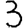
Digit: 3